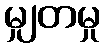
မျှတမှု